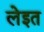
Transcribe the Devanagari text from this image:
लेइत